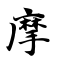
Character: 摩